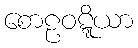
စောဠဝဋ္ဋိယာ